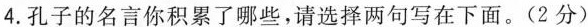
4.孔子的名言你积累了哪些，请选择两句写在下面。(2分)